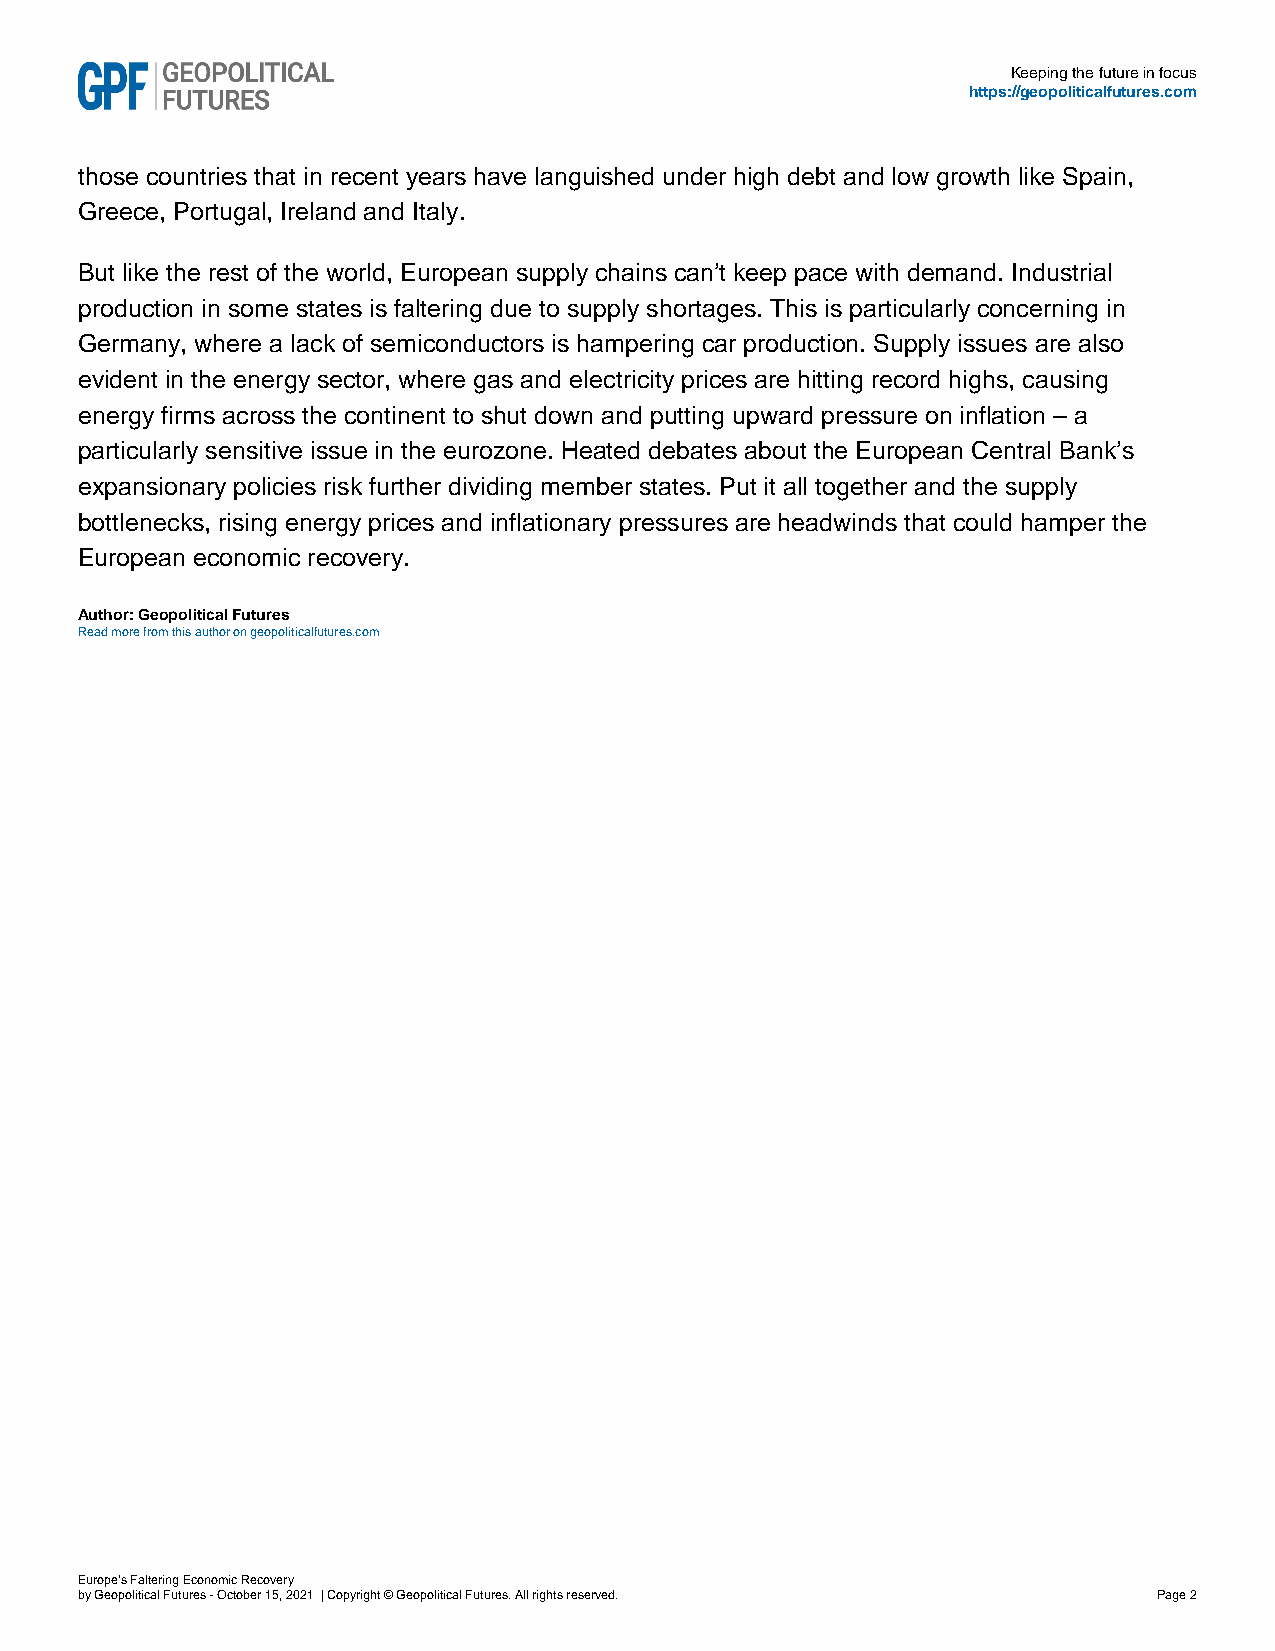
Keeping the future in focus
 https://geopoliticalfutures.com
 those countries that in recent years have languished under high debt and low growth like Spain,
 Greece, Portugal, Ireland and Italy.
 But like the rest of the world, European supply chains can’t keep pace with demand. Industrial
 production in some states is faltering due to supply shortages. This is particularly concerning in
 Germany, where a lack of semiconductors is hampering car production. Supply issues are also
 evident in the energy sector, where gas and electricity prices are hitting record highs, causing
 energy firms across the continent to shut down and putting upward pressure on inflation – a
 particularly sensitive issue in the eurozone. Heated debates about the European Central Bank’s
 expansionary policies risk further dividing member states. Put it all together and the supply
 bottlenecks, rising energy prices and inflationary pressures are headwinds that could hamper the
 European economic recovery.
 Author: Geopolitical Futures
 Read more from this author on geopoliticalfutures.com
 Europe's Faltering Economic Recovery
 by Geopolitical Futures - October 15, 2021 | Copyright © Geopolitical Futures. All rights reserved. Page 2